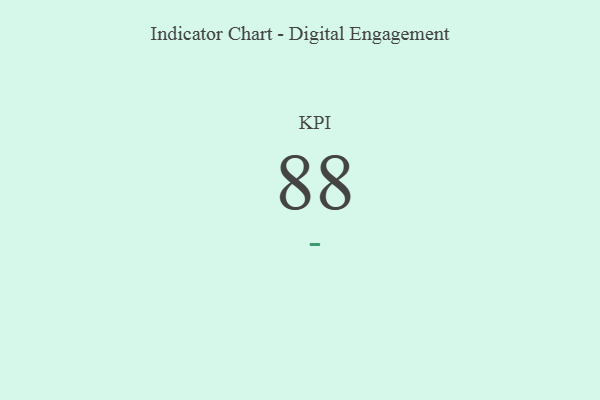
{"axis": {"x": "KPI", "y": "Value"}, "legend": [""], "data": [{"x": "KPI", "y": 88, "type": ""}]}